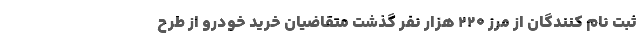
ثبت نام کنندگان از مرز ۲۲۰ هزار نفر گذشت متقاضیان خرید خودرو از طرح